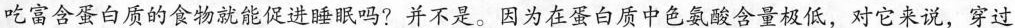
吃富含蛋白质的食物就能促进睡眠吗?并不是。因为在蛋白质中色氨酸含量极低，对它来说，穿过